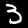
Digit: 3